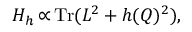
{ \cal H } _ { h } \thinspace { \propto } \thinspace \mathrm { T r } ( L ^ { 2 } + h ( Q ) ^ { 2 } ) ,